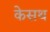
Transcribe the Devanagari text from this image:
केसथ